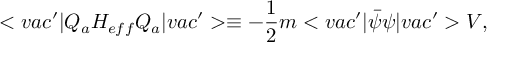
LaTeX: < v a c ^ { \prime } | Q _ { a } H _ { e f f } Q _ { a } | v a c ^ { \prime } > \equiv - \frac { 1 } { 2 } m < v a c ^ { \prime } | \bar { \psi } \psi | v a c ^ { \prime } > V ,